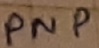
Text: PNP